Burma Government Medical School reports 1923-41
Year: 1923
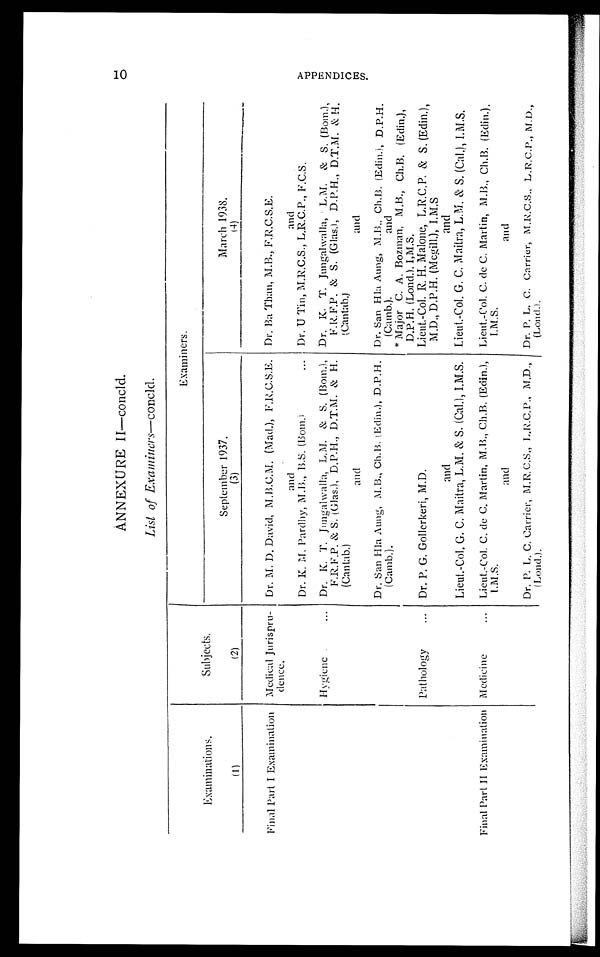
ANNEXURE II—concld.
List of Examiners—concld.
Examinations.
(1)
Subjects.
(2)
Examiners.
September 1937.
(3)
March 1938.
(4)
Final Part I Examination Medical Jurispru-
dence.
Dr. M. D. David, M.B.C.M. (Mad.), F.R.C.S.E. Dr. Ba Than, M.B., F.R.C.S.E.
and
and
Dr. K. M. Pardhy, M.B., B.S. (Bom.)
Dr. U Tin, M.R.C.S., L.R.C.P., F.C.S.
Hygiene
Dr. K. T. Jungalwalla, L.M. & S. (Bom.),
F.R.F.P. & S. (Glas.), D.P.H., D.T.M. & H.
(Cantab.)
Dr. K. T. Jungalwalla, L.M. & S. (Bom.),
F.R.F.P. & S. (Glas.), D.P.H., D.T.M. & H.
(Cantab.)
and
and
Dr. San Hla Aung, M.B., Ch.B. (Edin.), D.P.H.
(Camb.).
Dr. San Hla. Aung, M.B., Ch.B. (Edin.), D.P.H.
(Camb.). and
*Major C. A. Bozman, M.D., Ch.B. (Edin.),
D.P.H. (Lond.). I,M.S.
Pathology
Dr. P. G. Gollerkeri, M.D.
Lieut.-Col. R H. Malone, L.R.C.P. & S. (Edin.),
M.D., D.P.H. (Mcgill.), I.M.S
and
and
Lieut.-Col. G. C. Maitra, L.M. & S. (Cal.), I.M.S. Lieut.-Col. G. C. Maitra, L.M. & S. (Cal.), I.M.S.
Final Part II Examination Medicine
Lieut.-Col. C. de C. Martin, M.D., Ch.B. (Edin.),
I . M . S .
Lieut.-Col. C. de C. Martin, M.B., Ch.B. (Edin.),
I.M.S.
and
and
Dr. P. L. C. Carrier, M.R.C.S., L.R.C.P., M.D.,
(Lond.).
Dr. P. L. C. Carrier, M.R.C.S., L.R.C.P., M.D.,
(Lond.).
10
A P P E N D I C E S .